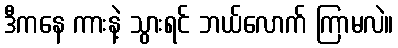
ဒီကနေ ကားနဲ့ သွားရင် ဘယ်လောက် ကြာမလဲ။